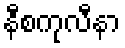
နီစကုလီနာ